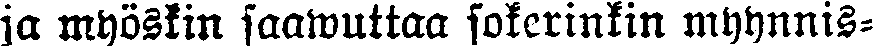
ja myöskin saawuttaa sokerinkin myynnis-